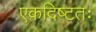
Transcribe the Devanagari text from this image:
एकदिष्‍टतः